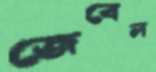
জেবেল